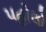
પહોલો